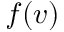
f ( v )